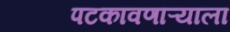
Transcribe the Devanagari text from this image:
पटकावणाऱ्याला